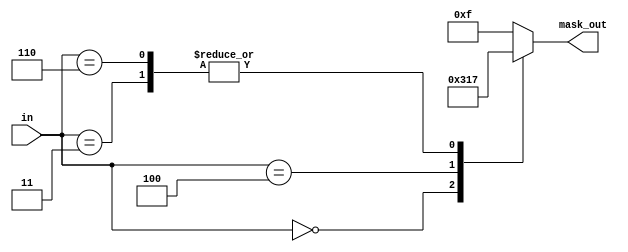
module mask_select (
                  input [2:0] in,
                  output reg [3:0] mask_out
);
  
  always @ (*) begin
    case(in)       //1 shows valid bits while the 0 shows invalid bits
        3'b000:      mask_out = 4'b0011;    //A morse code 
        3'b001:      mask_out = 4'b1111;    //B morse code
        3'b010:      mask_out = 4'b1111;    //C morse code
        3'b011:      mask_out = 4'b0111;    //D morse code
        3'b100:      mask_out = 4'b0001;    //E morse code
        3'b101:      mask_out = 4'b1111;    //F morse code
        3'b110:      mask_out = 4'b0111;    //G morse code
        3'b110:      mask_out = 4'b1111;    //H morse code
        default:     mask_out = 4'b1111;
    endcase
  end
endmodule